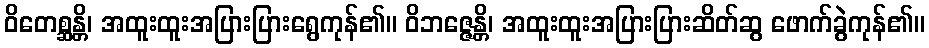
ဝိတေစ္ဆန္တိ၊ အထူးထူးအပြားပြားရွေကုန်၏။ ဝိဘဇ္ဇေန္တိ၊ အထူးထူးအပြားပြားဆိတ်ဆွ ဖောက်ခွဲကုန်၏။